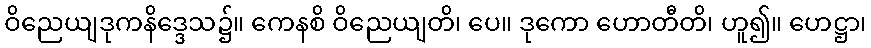
ဝိညေယျဒုကနိဒ္ဒေသ၌။ ကေနစိ ဝိညေယျတိ၊ ပေ။ ဒုကော ဟောတီတိ၊ ဟူ၍။ ဟေဋ္ဌာ၊